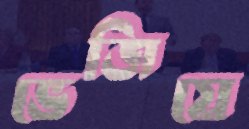
ভেজিয়ে